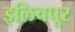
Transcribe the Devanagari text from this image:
इलिचपूर